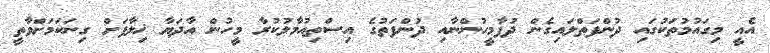
އެއީ މިގައުމުތަކުގައި ދުންފަތްލައިގެން ދުފާމީހުންނާއި ދުންފަތުގެ އިސްތިއުމާލުކުރާ މީހުން އާދަޔާ ޚިލާފަށް ގިނަކަމަށްވާތީ